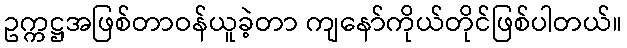
ဥက္ကဋ္ဌအဖြစ်တာဝန်ယူခဲ့တာ ကျနော်ကိုယ်တိုင်ဖြစ်ပါတယ်။